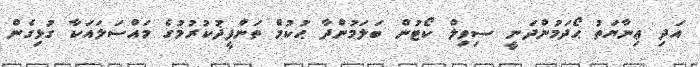
އަދި ޢިނާޔަތު ޙޯދަމުންދަނީ ސިވިލް ކޯޓުން ބަލަމުންދާ ޙުކުމް ތަންފީޛުކުރުމުގެ މައްސަލައަކާ ގުޅިގެން